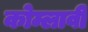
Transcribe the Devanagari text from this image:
कोम्लावी